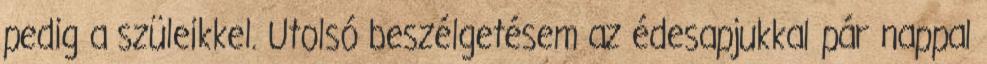
pedig a szüleikkel. Utolsó beszélgetésem az édesapjukkal pár nappal